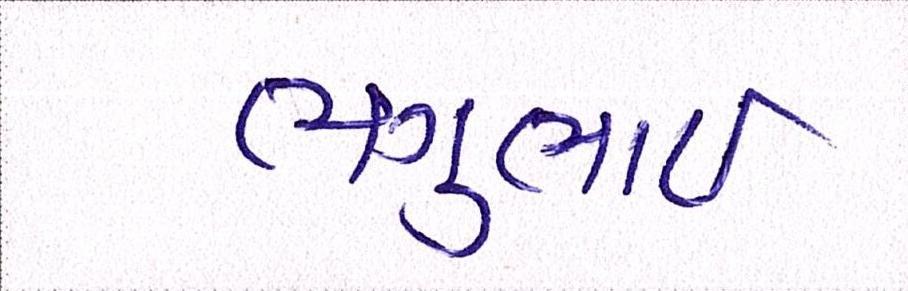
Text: ભગુભાઇ